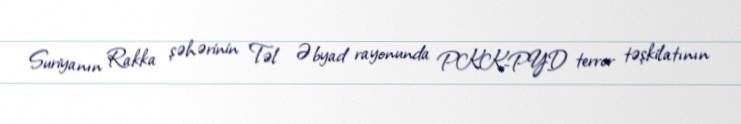
Suriyanın Rakka şəhərinin Təl Əbyad rayonunda PKK-PYD terror təşkilatının